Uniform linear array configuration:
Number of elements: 64
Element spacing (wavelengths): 0.25
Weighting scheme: uniform
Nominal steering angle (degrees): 0
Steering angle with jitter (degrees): -1.908
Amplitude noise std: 0.05
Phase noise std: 0.05

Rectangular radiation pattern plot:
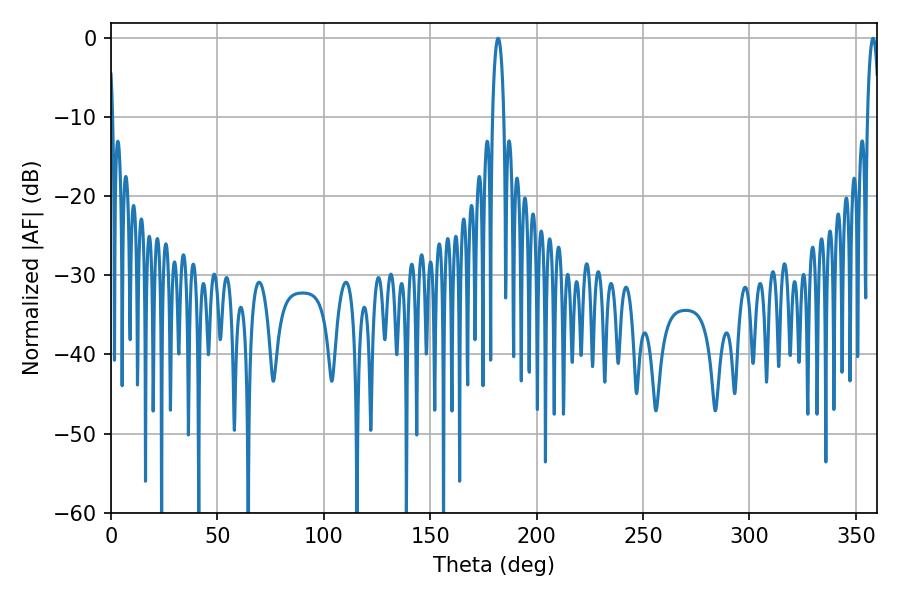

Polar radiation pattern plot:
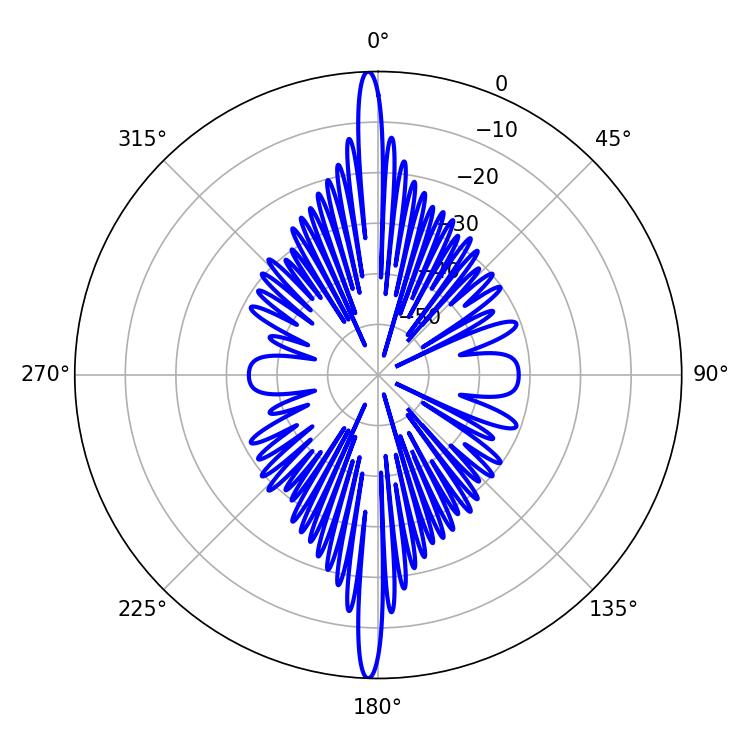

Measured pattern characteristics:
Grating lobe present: FALSE
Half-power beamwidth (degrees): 3.06
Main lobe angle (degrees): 358.02